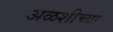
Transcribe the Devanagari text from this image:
अळशीच्या